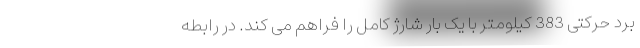
برد حرکتی 383 کیلومتر با یک بار شارژ کامل را فراهم می کند. در رابطه